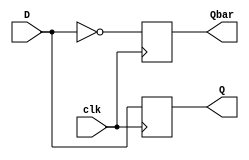
module d_flip_flop (
    input D,
    input clk,
    output reg Q,
    output reg Qbar
);

always @(posedge clk) begin
    Q <= D;
    Qbar <= ~D;
end

endmodule